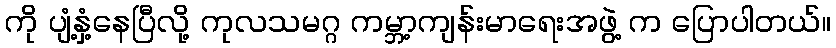
ကို ပျံ့နှံ့နေပြီလို့ ကုလသမဂ္ဂ ကမ္ဘာ့ကျန်းမာရေးအဖွဲ့ က ပြောပါတယ်။